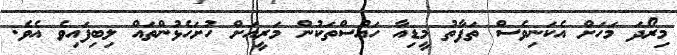
މިރޯދަ މަހަށް އެކަނިވެސް ތަފާތު މީޑިއާ ހައުސްތަކުން މަރީއަށް ހުށަހެޅުންތައް ލިބިފައިވެ އެވެ.